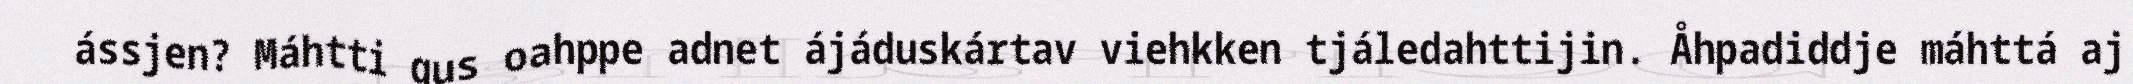
ássjen? Máhtti gus oahppe adnet ájáduskártav viehkken tjáledahttijin. Åhpadiddje máhttá aj